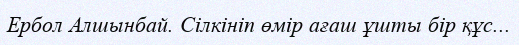
Ербол Алшынбай. Сілкініп өмір ағаш ұшты бір құс...